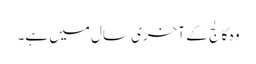
وہ کالج کے آخری سال میں ہے۔